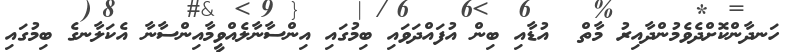
ހަނދާންކޮށްދެވެމުންދާއިރު މާތް  އުޑާއި ބިން އުފައްދަވައި ބިމުގައި އިންސާނާލެއްވީމާއިންސާނާ އެކަލާނގެ ބިމުގައި